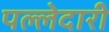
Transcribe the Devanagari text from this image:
पल्लेदारी